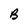
Character: B